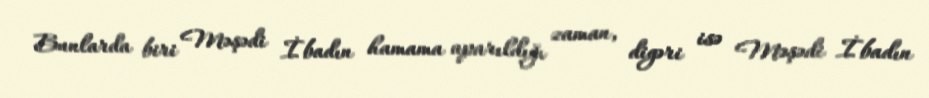
Bunlarda biri Məşədi İbadın hamama aparıldığı zaman, digəri isə Məşədi İbadın